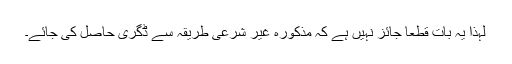
لہٰذا یہ بات قطعاً جائز نہیں ہے کہ مذکورہ غیر شرعی طریقہ سے ڈگری حاصل کی جائے۔